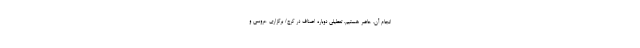
انجام آن، حاضر هستیم. تعطیلی دوباره اصناف در کرج/ برگزاری عروسی و